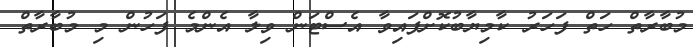
މުބާރާތް ހަތް ފަހަރު ކާމިޔާބުކޮށްފައިވާ އެސްޓަން ވިލާ އެންމެ ފަހުން މި މުބާރާތް